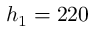
h _ { 1 } = 2 2 0